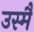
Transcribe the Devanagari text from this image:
उस्मैं